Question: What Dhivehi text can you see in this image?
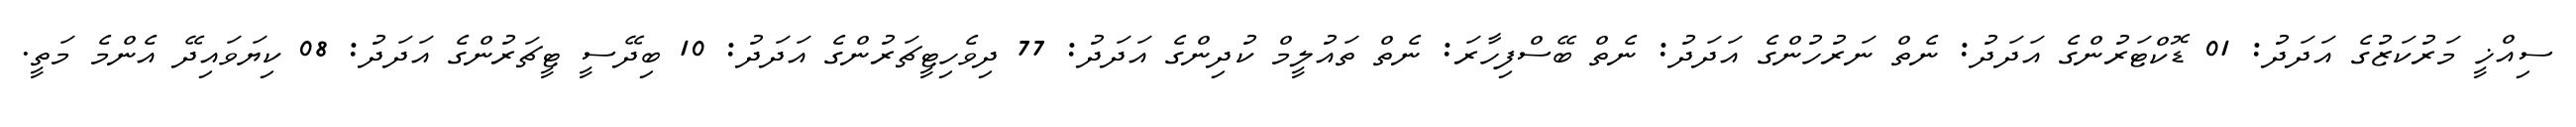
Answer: ސިއްޚީ މަރުކަޒުގެ އަދަދު: 01 ޑޮކްޓަރުންގެ އަދަދު: ނެތް ނަރުހުންގެ އަދަދު: ނެތް ބޭސްފިހާރަ: ނެތް ތައުލީމް ކުދިންގެ އަދަދު: 77 ދިވެހިޓީޗަރުންގެ އަދަދު: 10 ބިދޭސީ ޓީޗަރުންގެ އަދަދު: 08 ކިޔަވައިދޭ އެންމެ މަތީ.